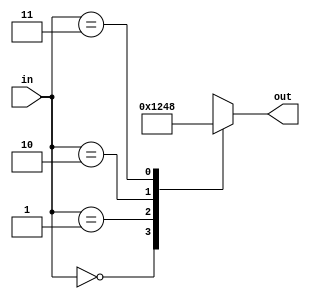
`timescale 1ns / 1ps
//////////////////////////////////////////////////////////////////////////////////
// Company: 
// Engineer: 
// 
// Design Name: 
// Module Name:    vdecoder_2to4 
// Project Name: 
// Target Devices: 
// Tool versions: 
// Description: 
//
// Dependencies: 
//
// Revision: 
// Revision 0.01 - File Created
// Additional Comments: 
//
//////////////////////////////////////////////////////////////////////////////////
module vdecoder_2to4(
    input [1:0] in,
    output reg [3:0] out
    ); 
	 always @*
		begin
		case(in)
			2'b00: out = 4'b0001;
			2'b01: out = 4'b0010;
			2'b10: out = 4'b0100;
			2'b11: out = 4'b1000;
		endcase
		end
endmodule